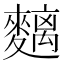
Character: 麶